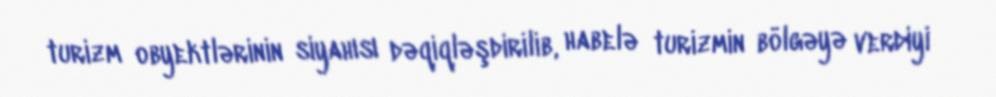
turizm obyektlərinin siyahısı dəqiqləşdirilib, habelə turizmin bölgəyə verdiyi